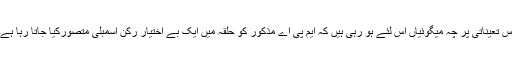
اس تعیناتی پر چہ میگوئیاں اس لئے ہو رہی ہیں کہ ایم پی اے مذکور کو حلقہ میں ایک بے اختیار رکن اسمبلی متصورکیا جاتا رہا ہے۔